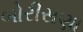
બોરીસણા